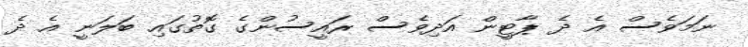
ނަމަވެސް އެ ދެ ޕާޓީން އަދިވެސް ރައީސުންގެ ގޮތުގައި ބަލަނީ އެ ދެ